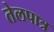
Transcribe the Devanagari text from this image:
तेलपात्र